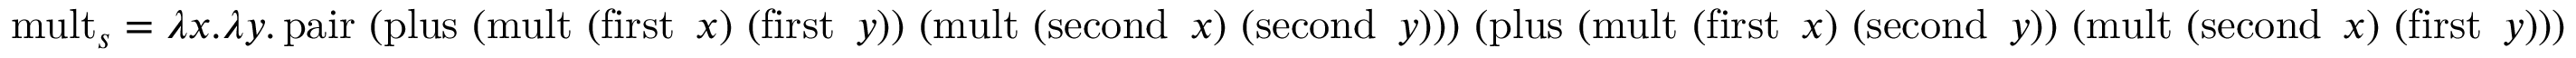
\operatorname { m u l t } _ { s } = \lambda x . \lambda y . \operatorname { p a i r } \ ( \operatorname { p l u s } \ ( \operatorname { m u l t } \ ( \operatorname { f i r s t } \ x ) \ ( \operatorname { f i r s t } \ y ) ) \ ( \operatorname { m u l t } \ ( \operatorname { s e c o n d } \ x ) \ ( \operatorname { s e c o n d } \ y ) ) ) \ ( \operatorname { p l u s } \ ( \operatorname { m u l t } \ ( \operatorname { f i r s t } \ x ) \ ( \operatorname { s e c o n d } \ y ) ) \ ( \operatorname { m u l t } \ ( \operatorname { s e c o n d } \ x ) \ ( \operatorname { f i r s t } \ y ) ) )